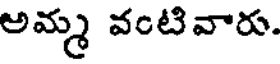
అమ్మ వంటివారు.